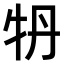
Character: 𤘪